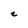
Character: e